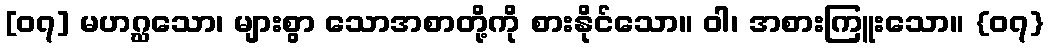
[၀၇] မဟဂ္ဃသော၊ များစွာ သောအစာတို့ကို စားနိုင်သော။ ဝါ၊ အစားကြူးသော။ {၀၇}